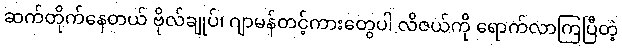
ဆက်တိုက်နေတယ် ဗိုလ်ချုပ်၊ ဂျာမန်တင့်ကားတွေပါ လိဇယ်ကို ရောက်လာကြပြီတဲ့